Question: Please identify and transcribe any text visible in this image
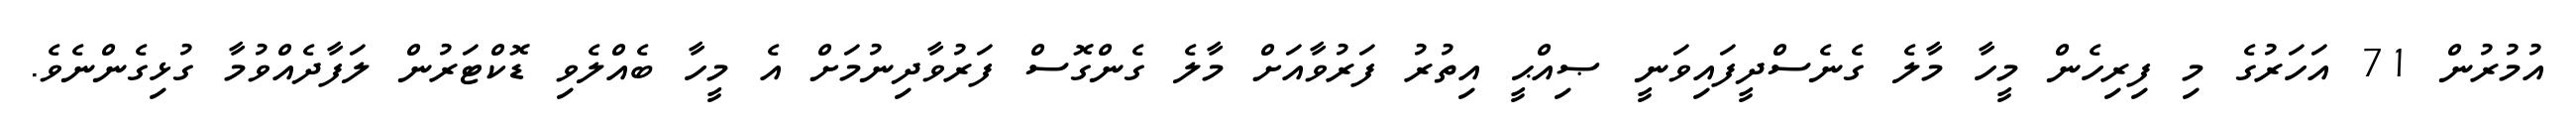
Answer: އުމުރުން 71 އަހަރުގެ މި ފިރިހެން މީހާ މާލެ ގެނެސްދީފައިވަނީ ޞިއްޙީ އިތުރު ފަރުވާއަށް މާލެ ގެންގޮސް ފަރުވާދިނުމަށް އެ މީހާ ބެއްލެވި ޑޮކްޓަރުން ލަފާދެއްވުމާ ގުޅިގެންނެވެ.